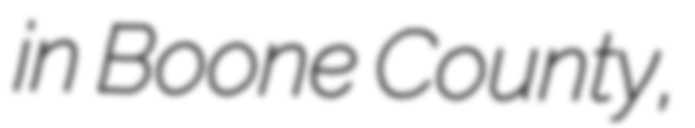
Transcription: in Boone County,